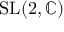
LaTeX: \operatorname { S L } ( 2 , \mathbb { C } )